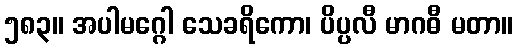
၅၈၃။ အပါမဂ္ဂေါ သေခရိကော၊ ပိပ္ပလီ မာဂဓီ မတာ။